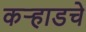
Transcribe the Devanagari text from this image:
कर्‍हाडचे